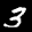
Label: 3